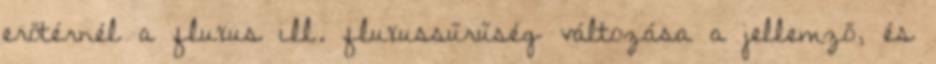
erőtérnél a fluxus ill. fluxussűrűség változása a jellemző, és